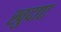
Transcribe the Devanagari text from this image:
खुदाए